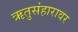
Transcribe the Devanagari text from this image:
ऋतुसंहारावर